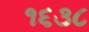
૧૬૩૮